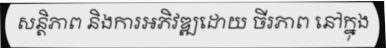
សន្តិភាព និងការអភិវឌ្ឍដោយ ចីរភាព នៅក្នុង